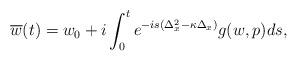
LaTeX: \begin{align*}\overline w(t)=w_0 +i \int_{0}^{t} e^ {-is (\Delta^2_x-\kappa \Delta_x)} g(w,p) ds, \end{align*}